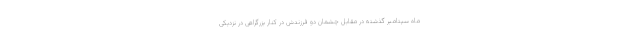
ماه سپتامبر گذشته در مقابل چشمان دو فرزندش در کنار بزرگراهی در نزدیکی